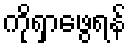
ကိုရှာဖွေရန်